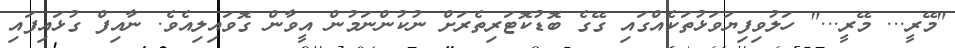
"މޭރީ... މޭރީ..." ހަލުވިފިޔަވަޅުތަކެއްގައި ގޭގެ ބޮޑުކޮޓަރިތެރަށް ނުކުންނަމުން އީވާން ގޮވައިލިއެވެ. ނާއިފް ގުޅައިފައި